Tezpur Lunatic Asylum reports 1895-1904 - 1895-1904
Year: 1895
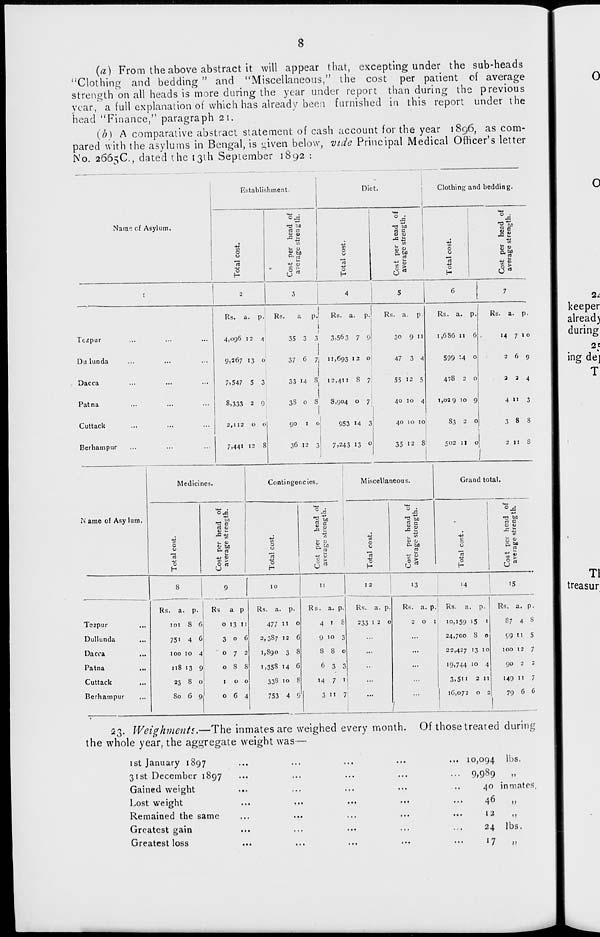
8
(a) From the above abstract it will appear that, excepting under the sub-heads
"Clothing and bedding " and "Miscellaneous," the cost per patient of average
strength on all heads is more during the year under report than during the previous
year, a full explanation of which has already been furnished in this report under the
head "Finance," paragraph 21.
(b) A comparative abstract statement of cash account for the year 1896, as com-
pared with the asylums in Bengal, is given below, vide Principal Medical Officer's letter
No. 2665C, dated the 13th September 1892 :
Name of Asylum.
Establishment.
o
o
S
°-5
n3 bo
i> j
u u
a*
Diet.
Clothing" and bedding.
o
u
o
H
na to
U <u
!/)
S.S.
6 s
c
u
o
H
"5 M
</)
s 8.
O
Te^pur
Du lunda
Dacca
Patna
Cuttack
Berhampur
Rs. a. p.
Rs.
a
pJ
Rs. a. p.j
Rs. a. p
4,096 12 4
9,267 13 o
7,547 5 3
8,333 2 9
2,112 o o
7,441 12 8
35 3 3
3,563 7 9
57 6 7, 11,693 12 o
33 14 8 12,411 S 7!
3S o 8
8,904 o 7
00 10
953 14 3
36 12 3:
7,243 13 o
30 9 11
47 3 4
55 13 5
40 10 4
40 io 10
Rs. a.
1
1,686 11 6
599 ^4 0
478 2 0
1,039 10 9
83 2 0
35 12 8
502 it o
Rs. a. p.
14 7 10
269
224
4 n 3
3 8 8
2 11 S
N ame of Asy lum.
Medicines.
in
o
u
o
°5 on
tl c
CJ -
~ +> i/i
u 0)
«J bo
C pj
... CJ
in >
c3 rt
Contingencies.
Miscellaneous.
o
u
rt
o
'S to
"2
.Is
o
H
o •
J §
a bo
1/1 y
c3 5
Grand total.
o
T3 bn
o c
U <L>
5 "
5. oa
-«>
a >
8
10
11
Tezpur
Dullunda
...
Dacca
...
Patna
...
Cuttack
...
Berhampur
...
Rs. a. p.
101 8 6
75i 4 6
100 10 4
118 13 9
23 8 o
So 6 9
Rs a p
0 13 11
3 0 6
0 7 2
0 8 S
1
0 0
0 6 4
Rs. a. p
477 11 o
2,387 12 6
1,890 3 8
i,35S 14 <J
33S 10 S
753 4 9
1 2
13
14
15
Rs. a. p
4 I 8
9 10 3
5 8 o
6 3 a
14 7 1
3 11 7
Rs. a. p.
233 1 2 o
o 1
/
Rs. a . p. j
10,159 i5
1
24,700 S 0
22,427 13 10
•9,744 10 4
3,5u 2 11
16,072 O 2
Rs. a. p.
S 7 4 8
99 II 5
100 12 7
90 2 2
149 11 7
79 6 6
53. Weighments,—The inmates are weighed every month. Of those treated during
the whole year, the aggregate weight was—
1st January 1897
31st December 1897
Gained weight
Lost weight
Remained the same
Greatest gain
Greatest loss
... 10,094
lbs.
... 9,989
„
40 inmates,
46
,,
12
,,
24
lbs.
17
J»